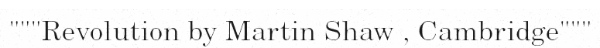
"""Revolution by Martin Shaw , Cambridge"""